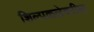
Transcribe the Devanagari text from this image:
शिल्पकलेवरील